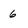
Character: 6